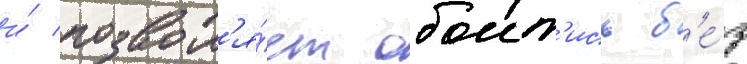
и́ позвол'я́ет обоит'ись б'е́з